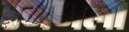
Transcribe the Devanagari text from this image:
रमणला